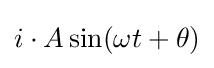
i\cdot A\sin(\omega t+\theta )